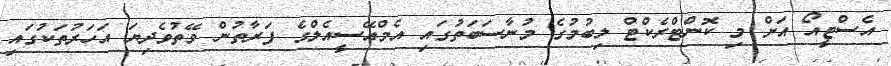
އެސްޓީއޯ އަށް މި ކޮންޓްރެކްޓް ލިބުމުގެ މުނާސަބަތުގައި އެމްއޭސީއެލްގެ ފަރާތުން ވޭތުވެދިޔަ އަހަރުތަކުގައި